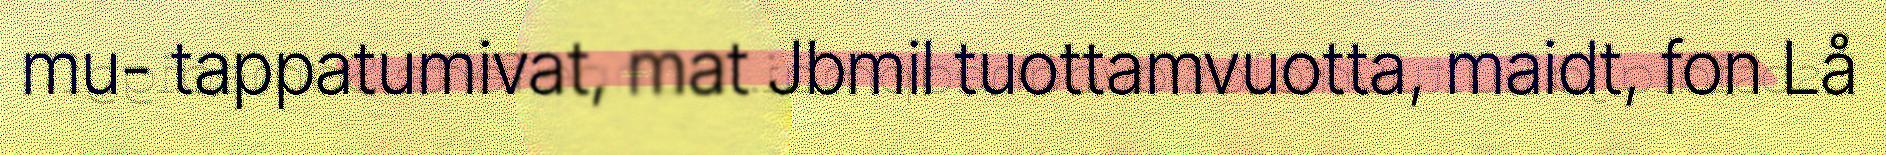
mu- tappatumivat, mat Jbmil tuottamvuotta, maidt, fon Lå